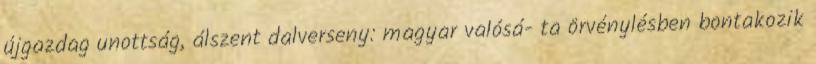
újgazdag unottság, álszent dalverseny: magyar valósá- ta örvénylésben bontakozik